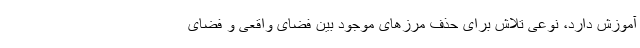
آموزش دارد، نوعی تلاش برای حذف مرزهای موجود بین فضای واقعی و فضای